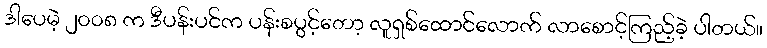
ဒါပေမဲ့ ၂၀၀၈ က ဒီပန်းပင်က ပန်းစပွင့်တော့ လူရှစ်ထောင်လောက် လာစောင့်ကြည့်ခဲ့ ပါတယ်။